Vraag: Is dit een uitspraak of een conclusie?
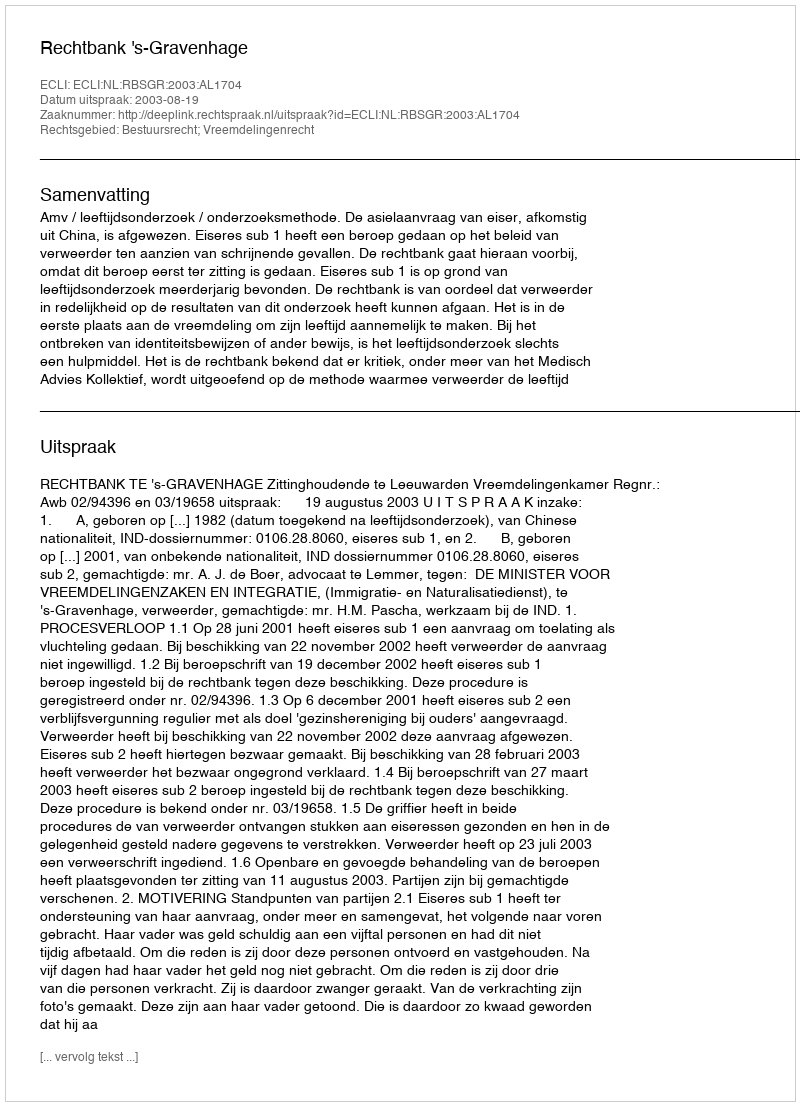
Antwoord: Uitspraak